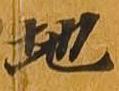
地